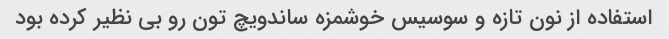
استفاده از نون تازه و سوسیس خوشمزه ساندویچ تون رو بی نظیر کرده بود